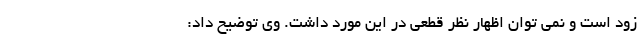
زود است و نمی توان اظهار نظر قطعی در این مورد داشت. وی توضیح داد: